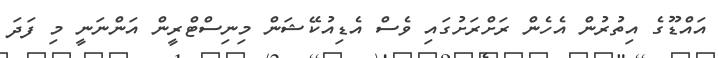
އައްޑޫގެ އިތުރުން އެހެން ރަށްރަށުގައި ވެސް އެޑިއުކޭޝަން މިނިސްޓްރީން އަންނަނީ މި ފަދަ